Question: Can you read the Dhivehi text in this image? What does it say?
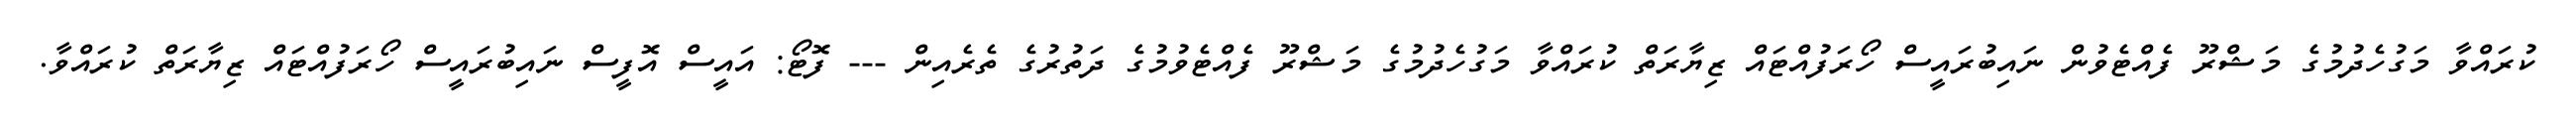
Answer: ކުރައްވާ މަގުހެދުމުގެ މަޝްރޫ ފެއްޓެވުން ނައިބުރައީސް ހޯރަފުއްޓައް ޒިޔާރަތް ކުރައްވާ މަގުހެދުމުގެ މަޝްރޫ ފެއްޓެވުމުގެ ދަތުރުގެ ތެރެއިން --- ފޮޓޯ: އައީސް އޮފީސް ނައިބުރައީސް ހޯރަފުއްޓައް ޒިޔާރަތް ކުރައްވާ.